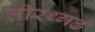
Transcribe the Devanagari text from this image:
तीरथ्गढ